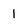
Character: 1